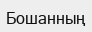
Бошанның